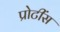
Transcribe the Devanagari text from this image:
प्रोटींस